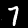
Label: 7